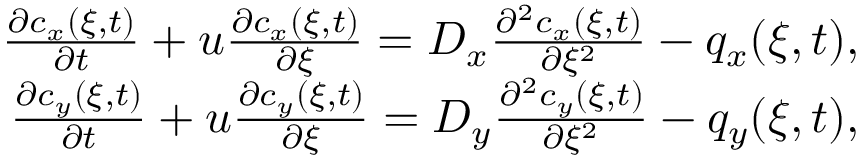
\begin{array} { r l r } & { } & { \frac { \partial c _ { x } ( \xi , t ) } { \partial t } + u \frac { \partial c _ { x } ( \xi , t ) } { \partial \xi } = D _ { x } \frac { \partial ^ { 2 } c _ { x } ( \xi , t ) } { \partial \xi ^ { 2 } } - q _ { x } ( \xi , t ) , } \\ & { } & { \frac { \partial c _ { y } ( \xi , t ) } { \partial t } + u \frac { \partial c _ { y } ( \xi , t ) } { \partial \xi } = D _ { y } \frac { \partial ^ { 2 } c _ { y } ( \xi , t ) } { \partial \xi ^ { 2 } } - q _ { y } ( \xi , t ) , } \end{array}